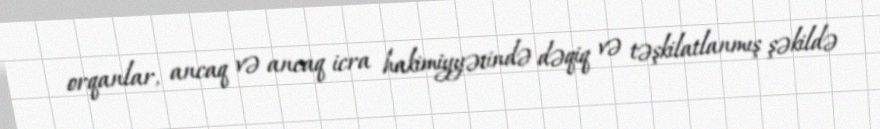
orqanlar, ancaq və ancaq icra hakimiyyətində dəqiq və təşkilatlanmış şəkildə